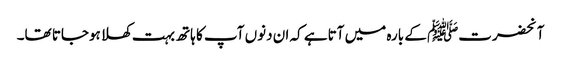
آنحضرتﷺ کے بارہ میں آتاہے کہ ان دنوں آپ کا ہاتھ بہت کھلا ہوجاتا تھا۔